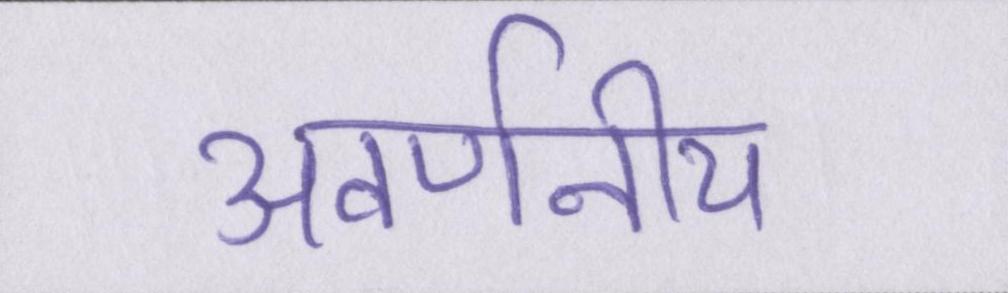
अवर्णनीय